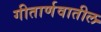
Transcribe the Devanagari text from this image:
गीतार्णवातील